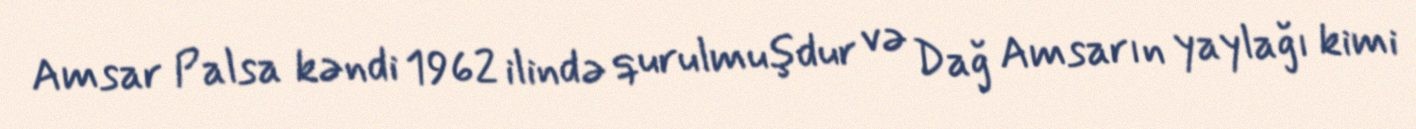
Amsar Palsa kəndi 1962 ilində qurulmuşdur və Dağ Amsarın yaylağı kimi